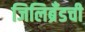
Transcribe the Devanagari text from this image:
जिलिब्रँडची